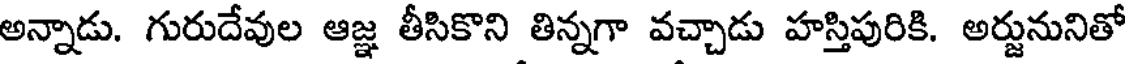
అన్నాడు. గురుదేవుల ఆజ్ఞ తీసికొని తిన్నగా వచ్చాడు హస్తిపురికి. అర్జునునితో